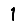
Digit: 1